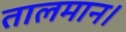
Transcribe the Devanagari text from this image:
तालमान।